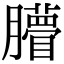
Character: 𦢧